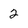
Character: 2